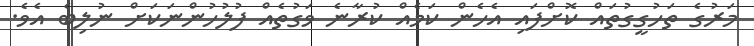
މަރުގެ ތަހުގީގުތައް ކޮށްފައި އެހެން ކަމެއް ކުރާނެ ވަގުތެއް ފުލުހުންނަކަށް ނުލިބެ އެވެ.